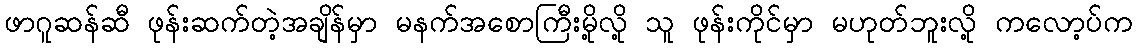
ဖာဂူဆန်ဆီ ဖုန်းဆက်တဲ့အချိန်မှာ မနက်အစောကြီးမို့လို့ သူ ဖုန်းကိုင်မှာ မဟုတ်ဘူးလို့ ကလော့ပ်က